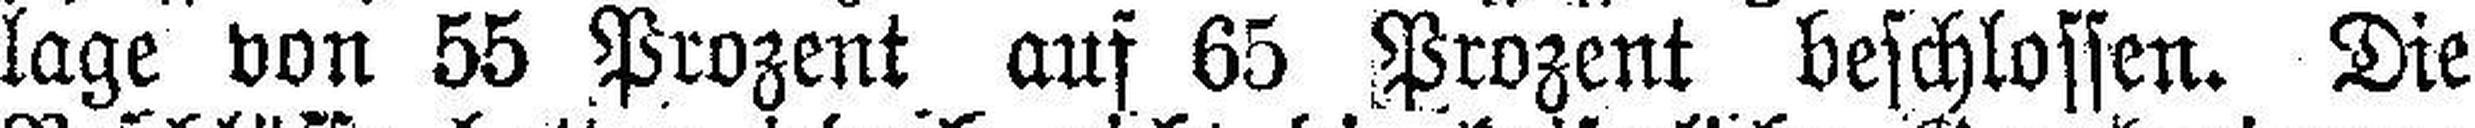
lage von 55 Prozent auf 65 Prozent beschlossen. Die